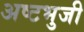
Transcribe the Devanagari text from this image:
अष्‍टभुजी